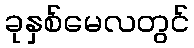
ခုနှစ်မေလတွင်